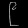
Digit: ၉